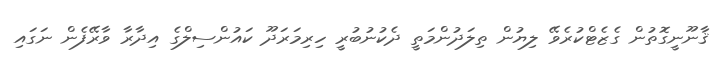
ޤާނޫނީގޮތުން ގެޒެޓްކުރެވޭ ލިޔުން ތިލަދުންމަތީ ދެކުނުބުރީ ހިރިމަރަދޫ ކައުންސިލްގެ އިދާރާ ވާރޭފެން ނަގައި